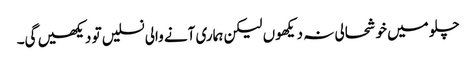
چلو میں خوشحالی نہ دیکھوں لیکن ہماری آنے والی نسلیں تو دیکھیں گی۔